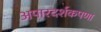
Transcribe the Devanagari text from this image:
अपारदर्शकपणा